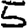
Digit: 5